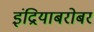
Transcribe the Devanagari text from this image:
इंद्रियाबरोबर